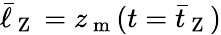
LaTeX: \bar{\ell}_{\mathrm{~Z~}}=z_{\mathrm{~m~}}(t=\bar{t}_{\mathrm{~Z~}})